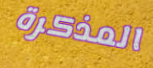
المذكرة